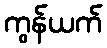
ကွန်ယက်